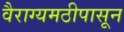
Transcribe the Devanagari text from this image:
वैराग्यमठीपासून